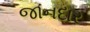
જાનદાર